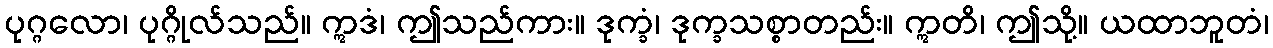
ပုဂ္ဂလော၊ ပုဂ္ဂိုလ်သည်။ ဣဒံ၊ ဤသည်ကား။ ဒုက္ခံ၊ ဒုက္ခသစ္စာတည်း။ ဣတိ၊ ဤသို့။ ယထာဘူတံ၊